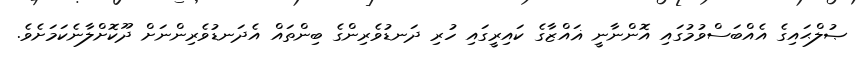
ޞުލްޙައިގެ އެއްބަސްވުމުގައި އޮންނާނީ ޣައްޒާގެ ކައިރީގައި ހުރި ދަނޑުވެރިންގެ ބިންތައް އެދަނޑުވެރިންނަށް ދޫކޮށްލާނެކަމަށެވެ.